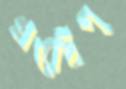
ঘরেইপ্